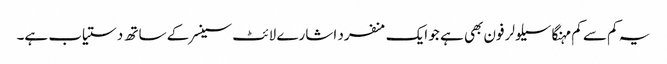
یہ کم سے کم مہنگا سیلولر فون بھی ہے جو ایک منفرد اشارے لائٹ سینسر کے ساتھ دستیاب ہے۔